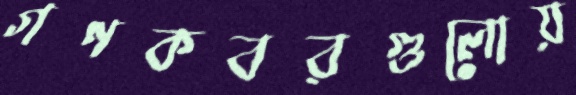
গণকবরগুলোয়